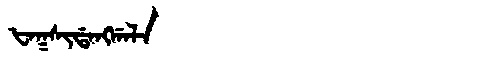
Manchu: ᡶᠠᡴᠰᡳᡩᠠᠩᡤᠠᠯᠠ
Romanization: FAKSIDANGGALA